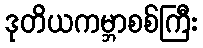
ဒုတိယကမ္ဘာစစ်ကြီး